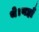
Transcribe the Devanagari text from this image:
थे।यहाँ